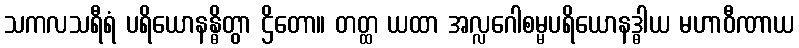
သကလသရီရံ ပရိယောနန္ဓိတွာ ဌိတော။ တတ္ထ ယထာ အလ္လဂေါစမ္မပရိယောနဒ္ဓါယ မဟာဝီဏာယ